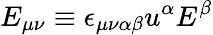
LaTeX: E_{\mu\nu}\equiv\epsilon_{\mu\nu\alpha\beta}u^{\alpha}E^{\beta}